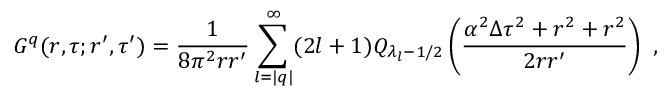
G ^ { q } ( r , \tau ; r ^ { \prime } , \tau ^ { \prime } ) = \frac 1 { 8 \pi ^ { 2 } r r ^ { \prime } } \sum _ { l = | q | } ^ { \infty } ( 2 l + 1 ) Q _ { \lambda _ { l } - 1 / 2 } \left( \frac { \alpha ^ { 2 } \Delta \tau ^ { 2 } + r ^ { 2 } + r ^ { 2 } } { 2 r r ^ { \prime } } \right) \ ,